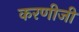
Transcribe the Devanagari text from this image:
करणीजी